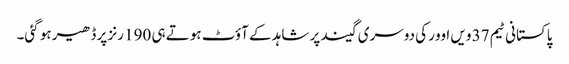
پاکستانی ٹیم 37 ویں اوور کی دوسری گیند پر شاہد کے آؤٹ ہوتے ہی 190 رنز پر ڈھیر ہو گئی۔